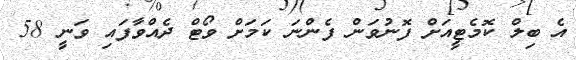
އެ ބިލް ކޮމެޓީއަށް ފޮނުވަން ފެންނަ ކަަމަށް ވޯޓް ދެއްވާފައި ވަނީ 58